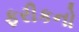
ફરીકનો